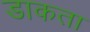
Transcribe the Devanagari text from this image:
डाकता